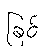
ခြင်